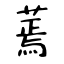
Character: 蔫